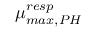
\mu _ { m a x , P H } ^ { r e s p }